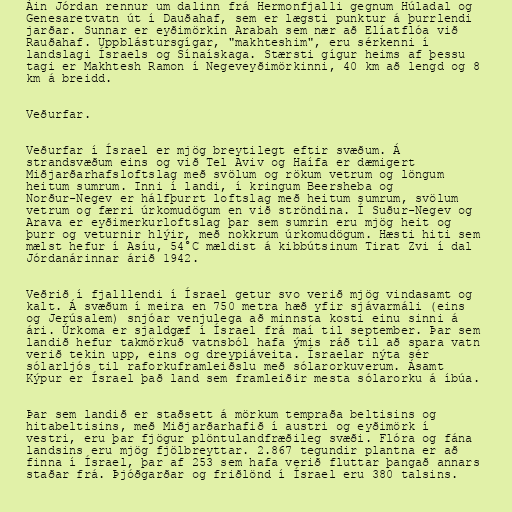
Áin Jórdan rennur um dalinn frá Hermonfjalli gegnum Húladal og
Genesaretvatn út í Dauðahaf, sem er lægsti punktur á þurrlendi
jarðar. Sunnar er eyðimörkin Arabah sem nær að Elíatflóa við
Rauðahaf. Uppblástursgígar, "makhteshim", eru sérkenni í
landslagi Ísraels og Sínaískaga. Stærsti gígur heims af þessu
tagi er Makhtesh Ramon í Negeveyðimörkinni, 40 km að lengd og 8
km á breidd.

Veðurfar.

Veðurfar í Ísrael er mjög breytilegt eftir svæðum. Á
strandsvæðum eins og við Tel Aviv og Haífa er dæmigert
Miðjarðarhafsloftslag með svölum og rökum vetrum og löngum
heitum sumrum. Inni í landi, í kringum Beersheba og
Norður-Negev er hálfþurrt loftslag með heitum sumrum, svölum
vetrum og færri úrkomudögum en við ströndina. Í Suður-Negev og
Arava er eyðimerkurloftslag þar sem sumrin eru mjög heit og
þurr og veturnir hlýir, með nokkrum úrkomudögum. Hæsti hiti sem
mælst hefur í Asíu, 54°C mældist á kibbútsinum Tirat Zvi í dal
Jórdanárinnar árið 1942.

Veðrið í fjalllendi í Ísrael getur svo verið mjög vindasamt og
kalt. Á svæðum í meira en 750 metra hæð yfir sjávarmáli (eins
og Jerúsalem) snjóar venjulega að minnsta kosti einu sinni á
ári. Úrkoma er sjaldgæf í Ísrael frá maí til september. Þar sem
landið hefur takmörkuð vatnsból hafa ýmis ráð til að spara vatn
verið tekin upp, eins og dreypiáveita. Ísraelar nýta sér
sólarljós til raforkuframleiðslu með sólarorkuverum. Ásamt
Kýpur er Ísrael það land sem framleiðir mesta sólarorku á íbúa.

Þar sem landið er staðsett á mörkum tempraða beltisins og
hitabeltisins, með Miðjarðarhafið í austri og eyðimörk í
vestri, eru þar fjögur plöntulandfræðileg svæði. Flóra og fána
landsins eru mjög fjölbreyttar. 2.867 tegundir plantna er að
finna í Ísrael, þar af 253 sem hafa verið fluttar þangað annars
staðar frá. Þjóðgarðar og friðlönd í Ísrael eru 380 talsins.